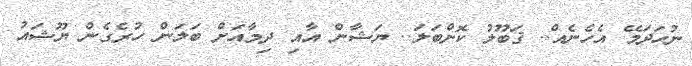
ނުހަދަމޭ އެހެނެއް.. ޤަބޫލު ކޮށްބަލަ.. ޔަޝާން އާއި ދިމާއަށް ބަލަން ހުރެގެން ޔޫޝައު